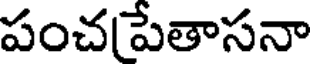
పంచపేతాసనా